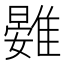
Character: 䨃